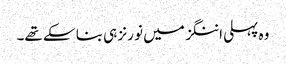
وہ پہلی اننگز میں نو رنز ہی بنا سکے تھے۔